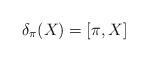
LaTeX: \begin{align*}\delta_{\pi}(X)=[\pi, X]\end{align*}